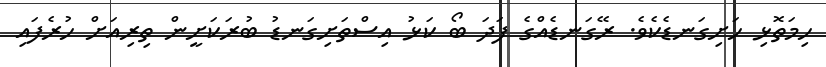
ހިމަތޮޅި ހަށިގަނޑެކެވެ. ރޭގަނޑެއްގެ ފަދަ ބޯ ކަޅު އިސްތަށިގަނޑު ބުރަކަށީން ތިރިއަށް ހުރެފައި